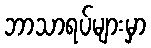
ဘာသာရပ်များမှာ